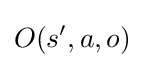
O(s',a,o)